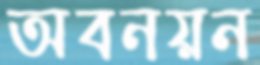
অবনয়ন